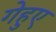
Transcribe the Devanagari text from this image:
गेहुए